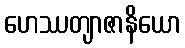
ဟေဿတျာဇာနိယော